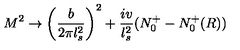
M ^ { 2 } \rightarrow \left( { \frac { b } { 2 \pi l _ { s } ^ { 2 } } } \right) ^ { 2 } + { \frac { i v } { l _ { s } ^ { 2 } } } ( N _ { 0 } ^ { + } - N _ { 0 } ^ { + } ( R ) )